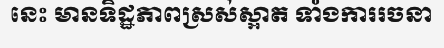
នេះ មានទិដ្ឋភាពស្រស់ស្អាត ទាំងការរចនា